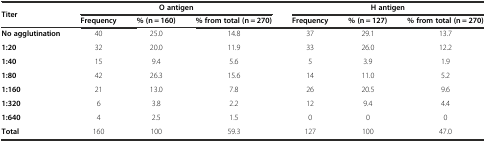
| <ROWSPAN=2> Titer | <COLSPAN=3> O antigen | <COLSPAN=3> H antigen |
 | Frequency | % (n = 160) | % from total (n = 270) | Frequency | % (n = 127) | % from total (n = 270) |
 | --- | --- | --- | --- | --- | --- | --- |
 | No agglutination | 40 | 25.0 | 14.8 | 37 | 29.1 | 13.7 |
 | 1:20 | 32 | 20.0 | 11.9 | 33 | 26.0 | 12.2 |
 | 1:40 | 15 | 9.4 | 5.6 | 5 | 3.9 | 1.9 |
 | 1:80 | 42 | 26.3 | 15.6 | 14 | 11.0 | 5.2 |
 | 1:160 | 21 | 13.0 | 7.8 | 26 | 20.5 | 9.6 |
 | 1:320 | 6 | 3.8 | 2.2 | 12 | 9.4 | 4.4 |
 | 1:640 | 4 | 2.5 | 1.5 | 0 | 0 | 0 |
 | Total | 160 | 100 | 59.3 | 127 | 100 | 47.0 |